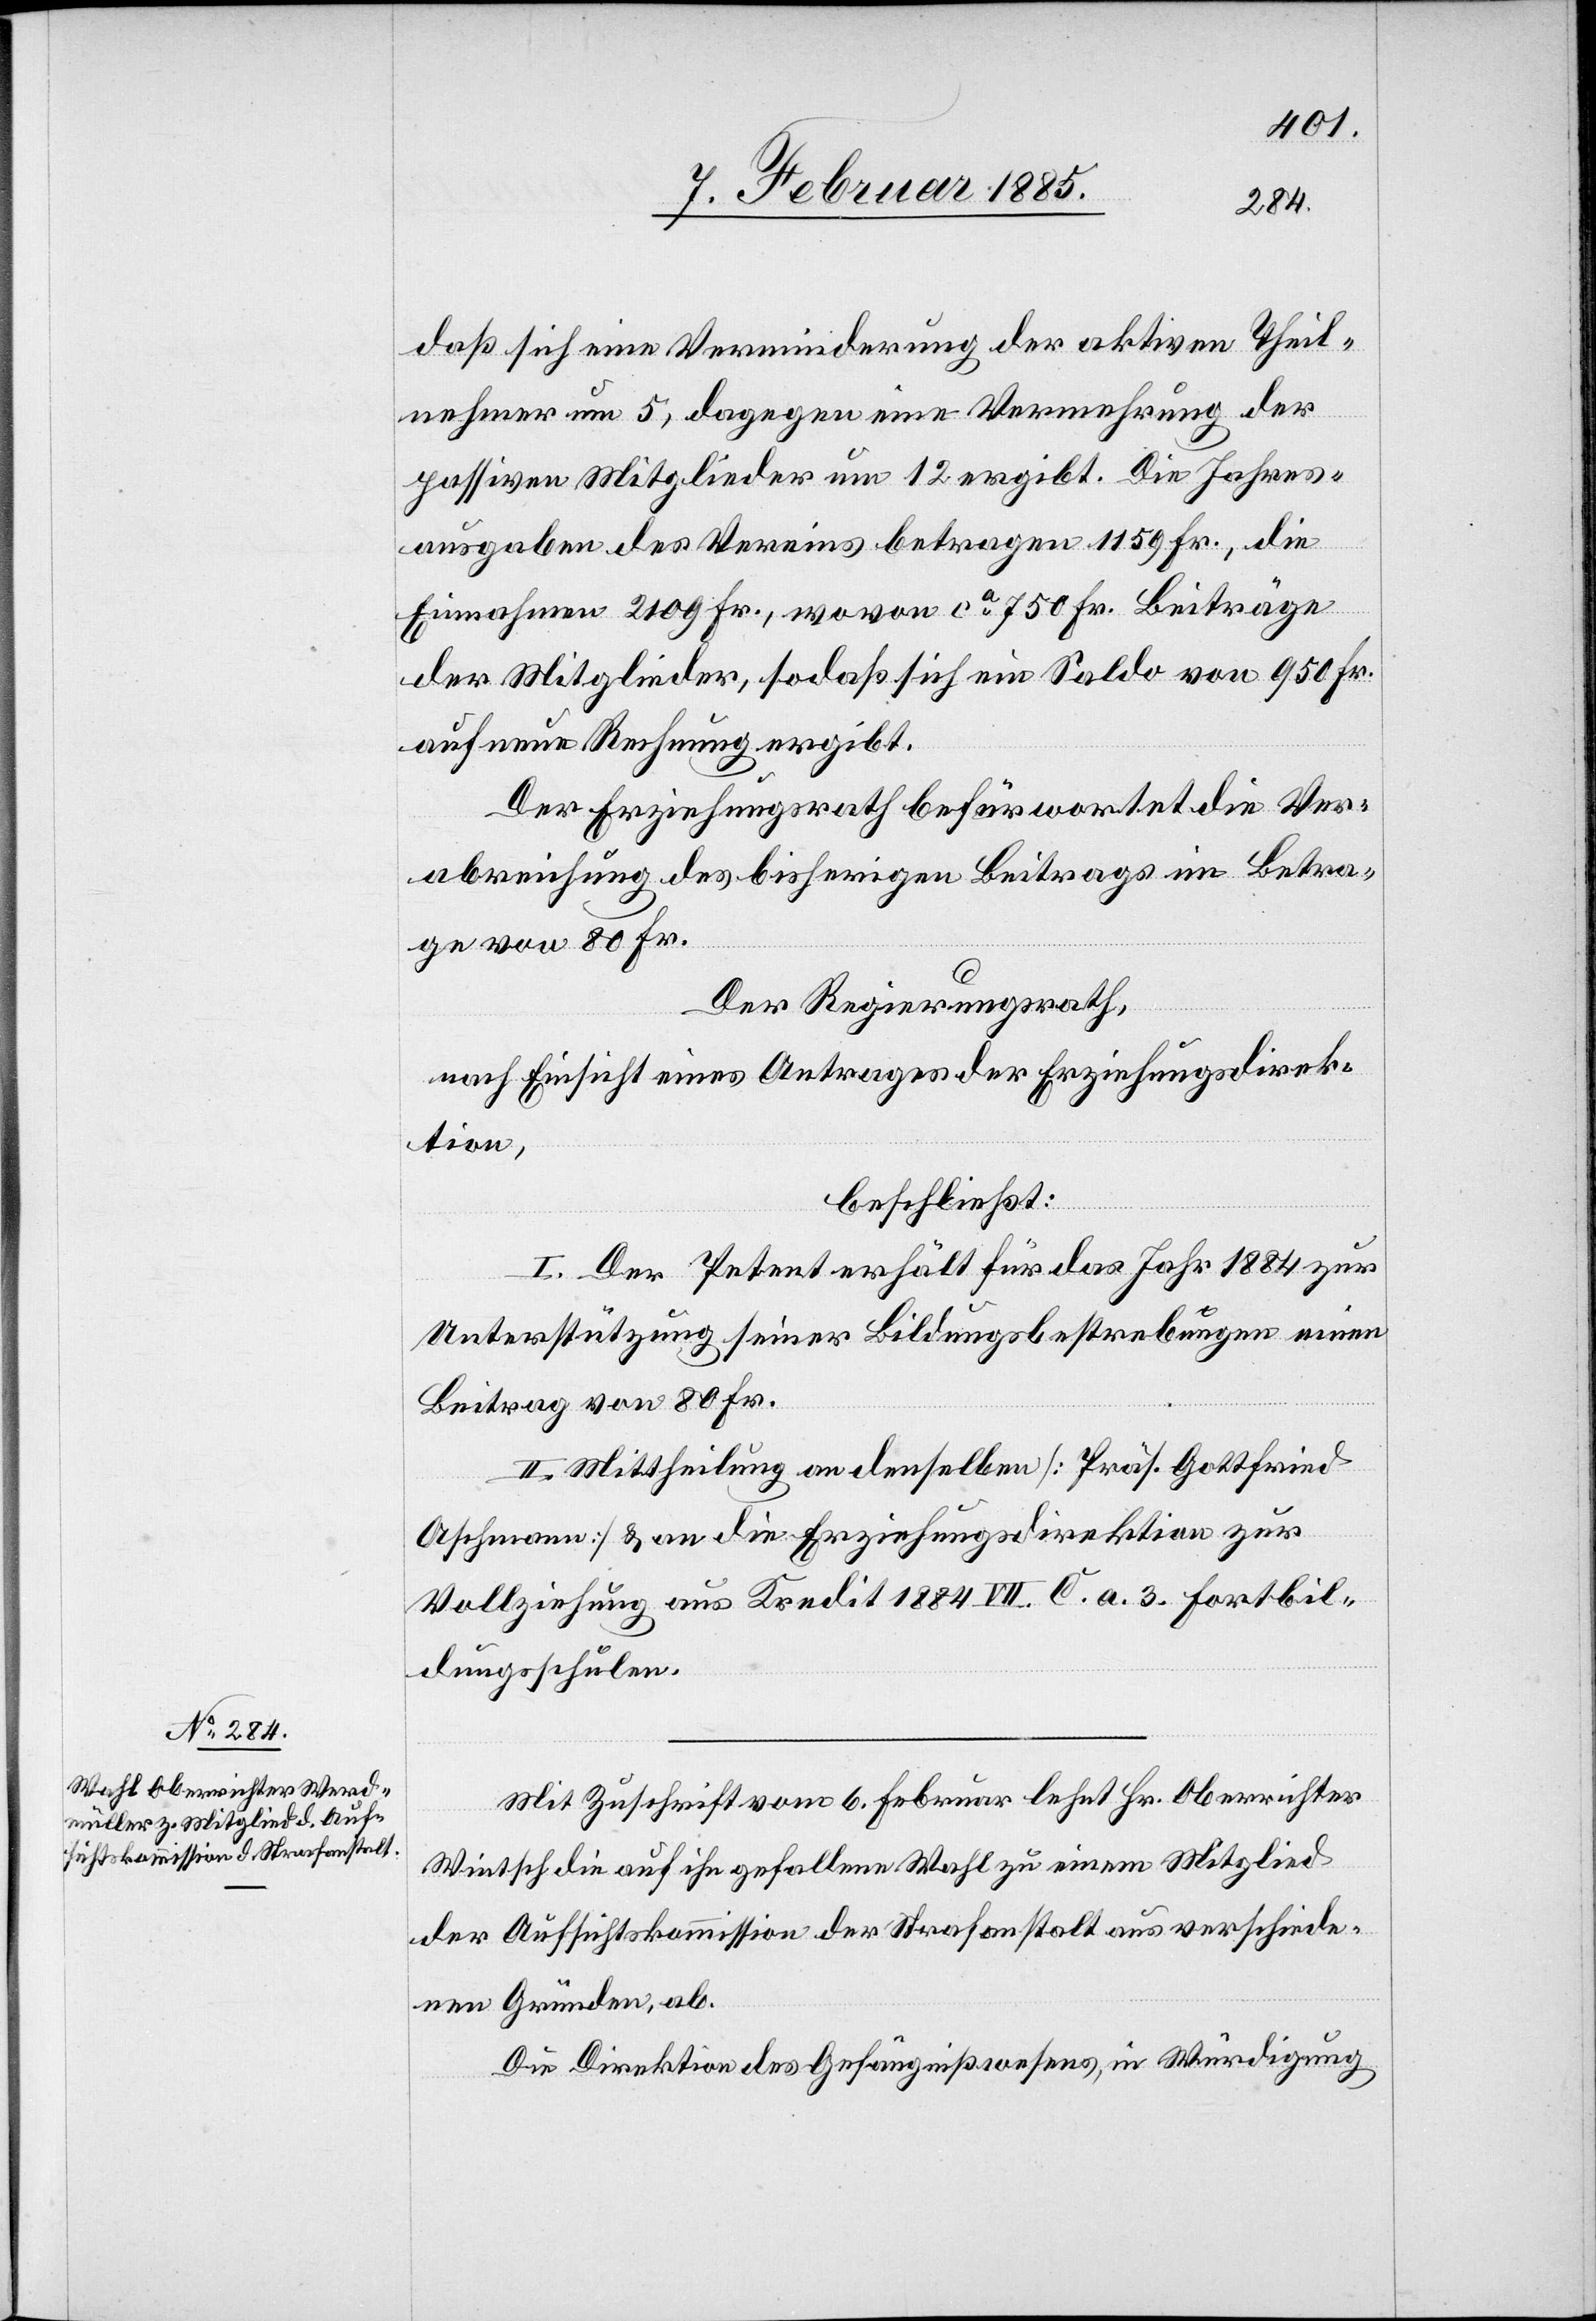
daß sich eine Verminderung der aktiven Theil¬
nehmer um 5, dagegen eine Vermehrung der
passiven Mitglieder um 12 ergibt. Die Jahres¬
ausgaben des Vereins betragen 1159 Fr., die
Einnahmen 2109 Fr., wovon ca 750 Fr. Beiträge
der Mitglieder, sodaß sich ein Saldo von 950 Fr.
auf neue Rechnung ergibt.
Der Erziehungsrath befürwortet die Ver¬
abreichung des bisherigen Beitrages im Betra¬
ge von 80 Fr.
Der Regierungsrath,
nach Einsicht eines Antrages der Erziehungsdirek¬
tion,
beschließt:
I. Der Petent erhält für das Jahr 1884 zur
Unterstützung seiner Bildungsbestrebungen einen
Beitrag von 80 Fr.
II. Mittheilung an denselben [Präs. Gottfried
Aschmann] & an die Erziehungsdirektion zur
Vollziehung aus Kredit 1884 VII C. a. 3. Fortbil¬
dungsschulen.
Mit Zuschrift vom 6. Februar lehnt Hr. Oberrichter
Wintsch die auf ihn gefallene Wahl zu einem Mitglied
der Aufsichtskommission der Strafanstalt aus verschiede¬
nen Gründen, ab.
Die Direktion des Gefängnißwesens, in Würdigung